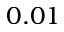
0 . 0 1